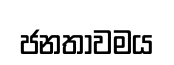
ජනතාවමය